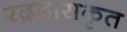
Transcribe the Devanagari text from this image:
रद्रदासकृत